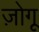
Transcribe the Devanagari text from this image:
ज़ोगू